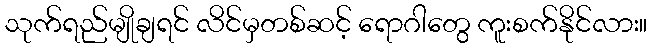
သုက်ရည်မျိုချရင် လိင်မှတစ်ဆင့် ရောဂါတွေ ကူးစက်နိုင်လား။